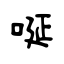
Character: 唌